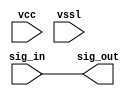
// This program was cloned from: https://github.com/chipsalliance/aib-phy-hardware
// License: Apache License 2.0

// SPDX-License-Identifier: Apache-2.0
// Copyright (C) 2019 Intel Corporation. 
// Library - aibcr_lib, Cell - aibcr_data_buf, View - schematic
// LAST TIME SAVED: May 13 16:50:54 2015
// NETLIST TIME: Jun  3 09:30:55 2015
// `timescale 1ns / 1ns 

module aibcr3_data_buf ( sig_out, sig_in, vcc, vssl );

output  sig_out;

input  sig_in, vcc, vssl;

wire sig_out, sig_in;


// specify 
//     specparam CDS_LIBNAME  = "aibcr_lib";
//     specparam CDS_CELLNAME = "aibcr_data_buf";
//     specparam CDS_VIEWNAME = "schematic";
// endspecify

assign sig_out = sig_in;

endmodule